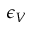
\epsilon _ { V }